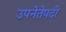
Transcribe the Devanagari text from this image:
उपनेतेपदी